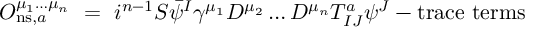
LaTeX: { \cal O } _ { \mathrm { \footnotesize { n s } } , a } ^ { \mu _ { 1 } \ldots \mu _ { n } } ~ = ~ i ^ { n - 1 } { \cal S } \bar { \psi } ^ { I } \gamma ^ { \mu _ { 1 } } D ^ { \mu _ { 2 } } \ldots D ^ { \mu _ { n } } T _ { I J } ^ { a } \psi ^ { J } - \mathrm { t r a c e ~ t e r m s }